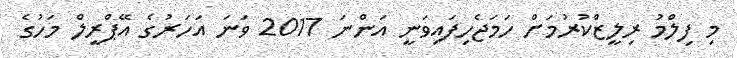
މި ފިލްމު ރިލީޒްކުރުމަށް ހަމަޖެހިފައިވަނީ އަންނަ 2017 ވަނަ އަހަރުގެ އޭޕްރީލް މަހުގެ